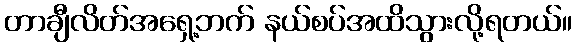
တာချီလိတ်အရှေ့ဘက် နယ်စပ်အထိသွားလို့ရတယ်။